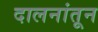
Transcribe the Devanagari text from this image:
दालनांतून